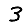
Digit: 3